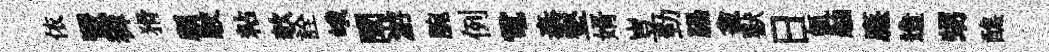
依鸎穉猾顧駛粘欹詮峨闡游腕例電泰壑婿豈勁腸龕獸日氤舳㢘造甥醮